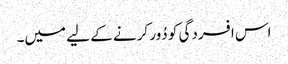
اس افسردگی کو دُور کرنے کے لیے میں۔